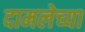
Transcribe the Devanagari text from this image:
दामलेच्या